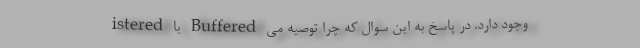
istered یا Buffered وجود دارد. در پاسخ به این سوال که چرا توصیه می